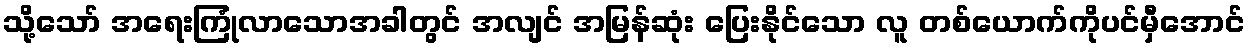
သို့သော် အရေးကြုံလာသောအခါတွင် အလျင် အမြန်ဆုံး ပြေးနိုင်သော လူ တစ်ယောက်ကိုပင်မှီအောင်